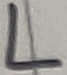
Text: L